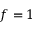
f = 1